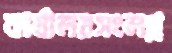
কার্যালয়সংলগ্ন